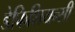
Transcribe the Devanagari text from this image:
डेफिशियन्सी